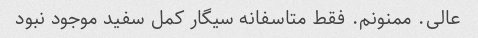
عالی. ممنونم. فقط متاسفانه سیگار کمل سفید موجود نبود